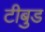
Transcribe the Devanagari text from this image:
टीबुड